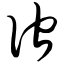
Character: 伫